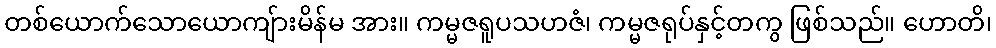
တစ်ယောက်သောယောကျ်ားမိန်မ အား။ ကမ္မဇရူပသဟဇံ၊ ကမ္မဇရုပ်နှင့်တကွ ဖြစ်သည်။ ဟောတိ၊